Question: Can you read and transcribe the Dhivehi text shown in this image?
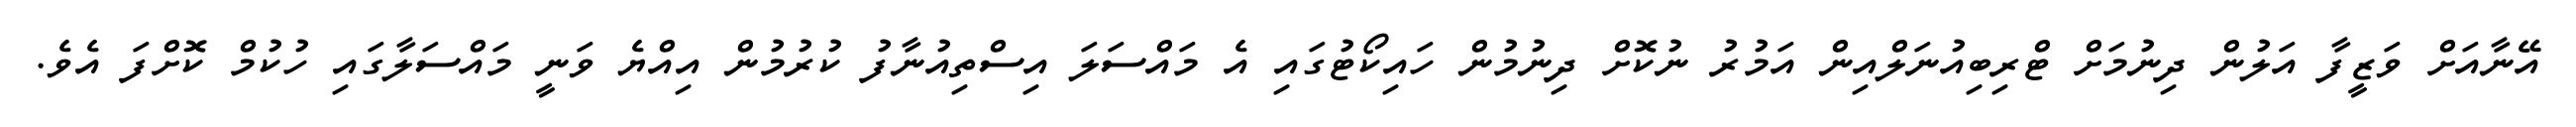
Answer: އޭނާއަށް ވަޒީފާ އަލުން ދިނުމަށް ޓްރިބިއުނަލްއިން އަމުރު ނުކޮށް ދިނުމުން ހައިކޯޓުގައި އެ މައްސަލަ އިސްތިއުނާފު ކުރުމުން އިއްޔެ ވަނީ މައްސަލާގައި ހުކުމް ކޮށްފަ އެވެ.